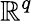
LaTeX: \mathbb{R}^{q}